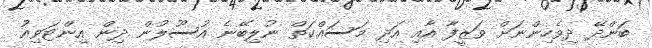
ބަންދޭ ދިވެހިންނަށް ވަޒީފާ އާއި އަދި މަސައްކަތް ނުލިބޭނެ އުސޫލުން ދިން އިންޓަވިއު